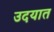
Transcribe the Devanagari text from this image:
उदयात